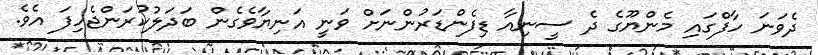
ދެވަނަ ހާފްގައި މެންޔޫގެ ދެ ސީނިއާ ޑިފެންޑަރުންނަށް ވަނީ އަނިޔާވެގެން ބަދަލުކުރަންޖެހިފަ އެވެ.